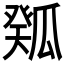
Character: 𤬉